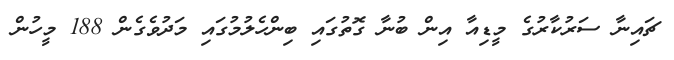
ޗައިނާ ސަރުކާރުގެ މީޑިއާ އިން ބުނާ ގޮތުގައި ބިންހެލުމުގައި މަދުވެގެން 188 މީހުން